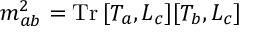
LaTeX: m _ { a b } ^ { 2 } = \mathrm { T r } \, [ T _ { a } , L _ { c } ] [ T _ { b } , L _ { c } ]